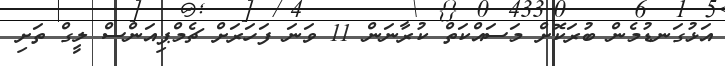
އަޅުގަނޑުމެން ބުރަކޮށް މަސައްކަތް ކުރާނަން 11 ވަނަ ފަހަރަށް ޗެމްޕިއަންސް ލީގް ތަށި